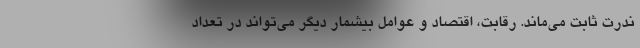
ندرت ثابت می‌ماند. رقابت، اقتصاد و عوامل بیشمار دیگر می‌تواند در تعداد